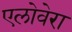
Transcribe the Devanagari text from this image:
एलोवेरा